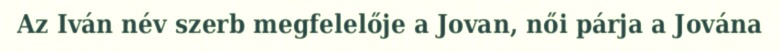
Az Iván név szerb megfelelője a Jovan, női párja a Jována